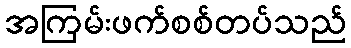
အကြမ်းဖက်စစ်တပ်သည်